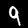
Digit: 9